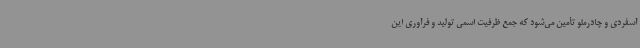
آسفردی و چادرملو تأمین می‌شود که جمع ظرفیت اسمی تولید و فرآوری این